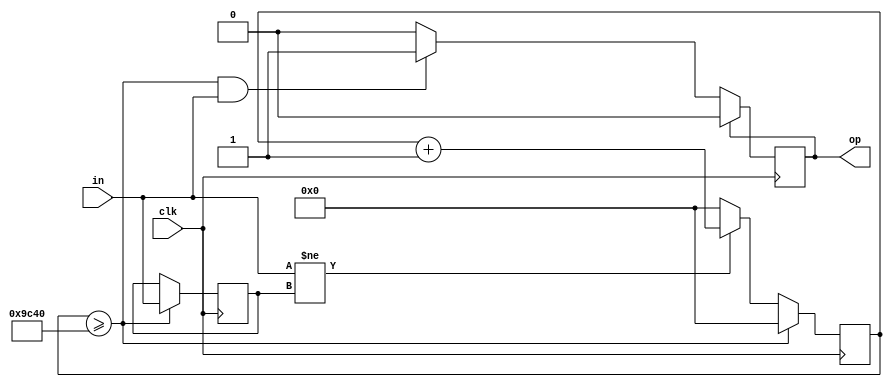
`timescale 1ns / 1ps
//////////////////////////////////////////////////////////////////////////////////
// Company: 
// Engineer: 
// 
// Design Name: 
// Module Name:    debounce 
// Project Name: 
// Target Devices: 
// Tool versions: 
// Description: 
//
// Dependencies: 
//
// Revision: 
// Revision 0.01 - File Created
// Additional Comments: 
//
//////////////////////////////////////////////////////////////////////////////////

module debounce_button(
	input in,
	input clk,
	output reg op=0
);
	
reg out=0;
reg [31:0] cnt=0;
	
always@(posedge clk)
begin
	if(in!=out)
		cnt<=cnt+1;
	else
		cnt<=0;
	if(cnt>=40000)
	begin
		out<=in;
		cnt<=0;
	end
	if(cnt>=40000&&in)
	begin
		op<=1;
	end
	if(op)
		op<=0;
end

endmodule

module debounce_switch(
	input in,
	input clk,
	output reg op=0
	);
	
	reg [31:0] cnt=0;
	
	always@(posedge clk)
	begin
		if(in!=op)
			cnt<=cnt+1;
		else
			cnt<=0;
		if(cnt>=40000)
		begin
			op<=in;
			cnt<=0;
		end
	end
endmodule